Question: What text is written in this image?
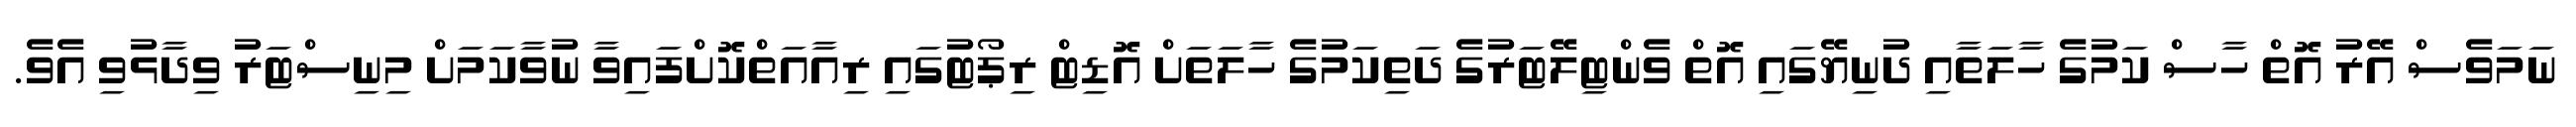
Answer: ނަމަވެސް އޭރު އޮތް ހާސް ކަމުގެ ހާލަތާއި ދުނިޔޭގައި އޮތް ވެންޓިލޭޓަރުގެ ދަތިކަމުގެ ހާލަތަށް އޮޑިޓް ރިޕޯޓުގައި ރިއާއަތްކޮށްފައިވާ ނުވާކަމަށް މިނިސްޓަރު ވިދާޅުވި އެވެ.